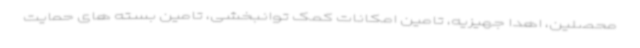
محصلین، اهدا جهیزیه، تامین امکانات کمک توانبخشی، تامین بسته های حمایت